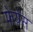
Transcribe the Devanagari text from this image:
फेयेंस